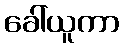
ခေါ်ယူကာ